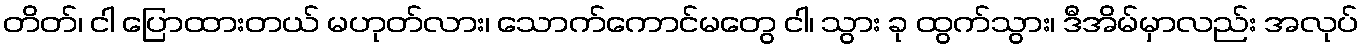
တိတ်၊ ငါ ပြောထားတယ် မဟုတ်လား၊ သောက်ကောင်မတွေ ငါ၊ သွား ခု ထွက်သွား၊ ဒီအိမ်မှာလည်း အလုပ်